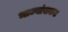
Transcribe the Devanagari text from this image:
भाज्यांसकट